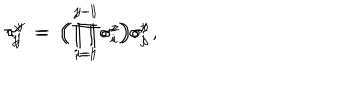
LaTeX: \tau _ { j } ^ { x } \; = \; \Big ( \prod _ { i = 1 } ^ { j - 1 } \sigma _ { i } ^ { z } \Bigr ) \sigma _ { j } ^ { x } \, , \hspace { 2 . 5 c m } \tau _ { j } ^ { y } \; = \; \Big ( \prod _ { i = 1 } ^ { j - 1 } \sigma _ { i } ^ { z } \Bigr ) \sigma _ { j } ^ { y }